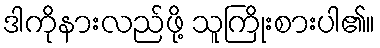
ဒါကိုနားလည်ဖို့ သူကြိုးစားပါ၏။